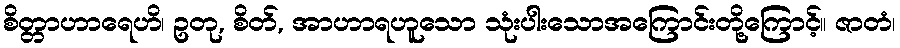
စိတ္တာဟာရေဟိ၊ ဥတု, စိတ်, အာဟာရဟူသော သုံးပါးသောအကြောင်းတို့ကြောင့်။ ဇာတံ၊